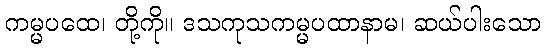
ကမ္မပထေ၊ တို့ကို။ ဒသကုသကမ္မပထာနာမ၊ ဆယ်ပါးသော